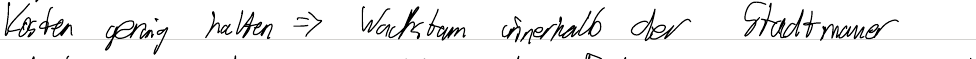
Kosten gering halten => Wachstum innerhalb der Stadtmauer